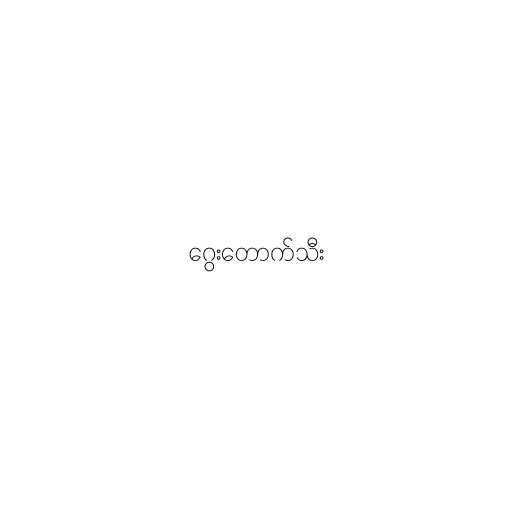
ဂွေးတောက်သီး